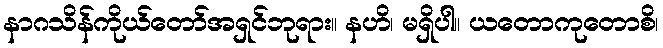
နာဂသိန်ကိုယ်တော်အရှင်ဘုရား။ နဟိ၊ မရှိပါ။ ယတောကုတောစိ၊